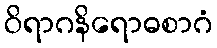
ဝိရာဂနိရောဓစာဂံ